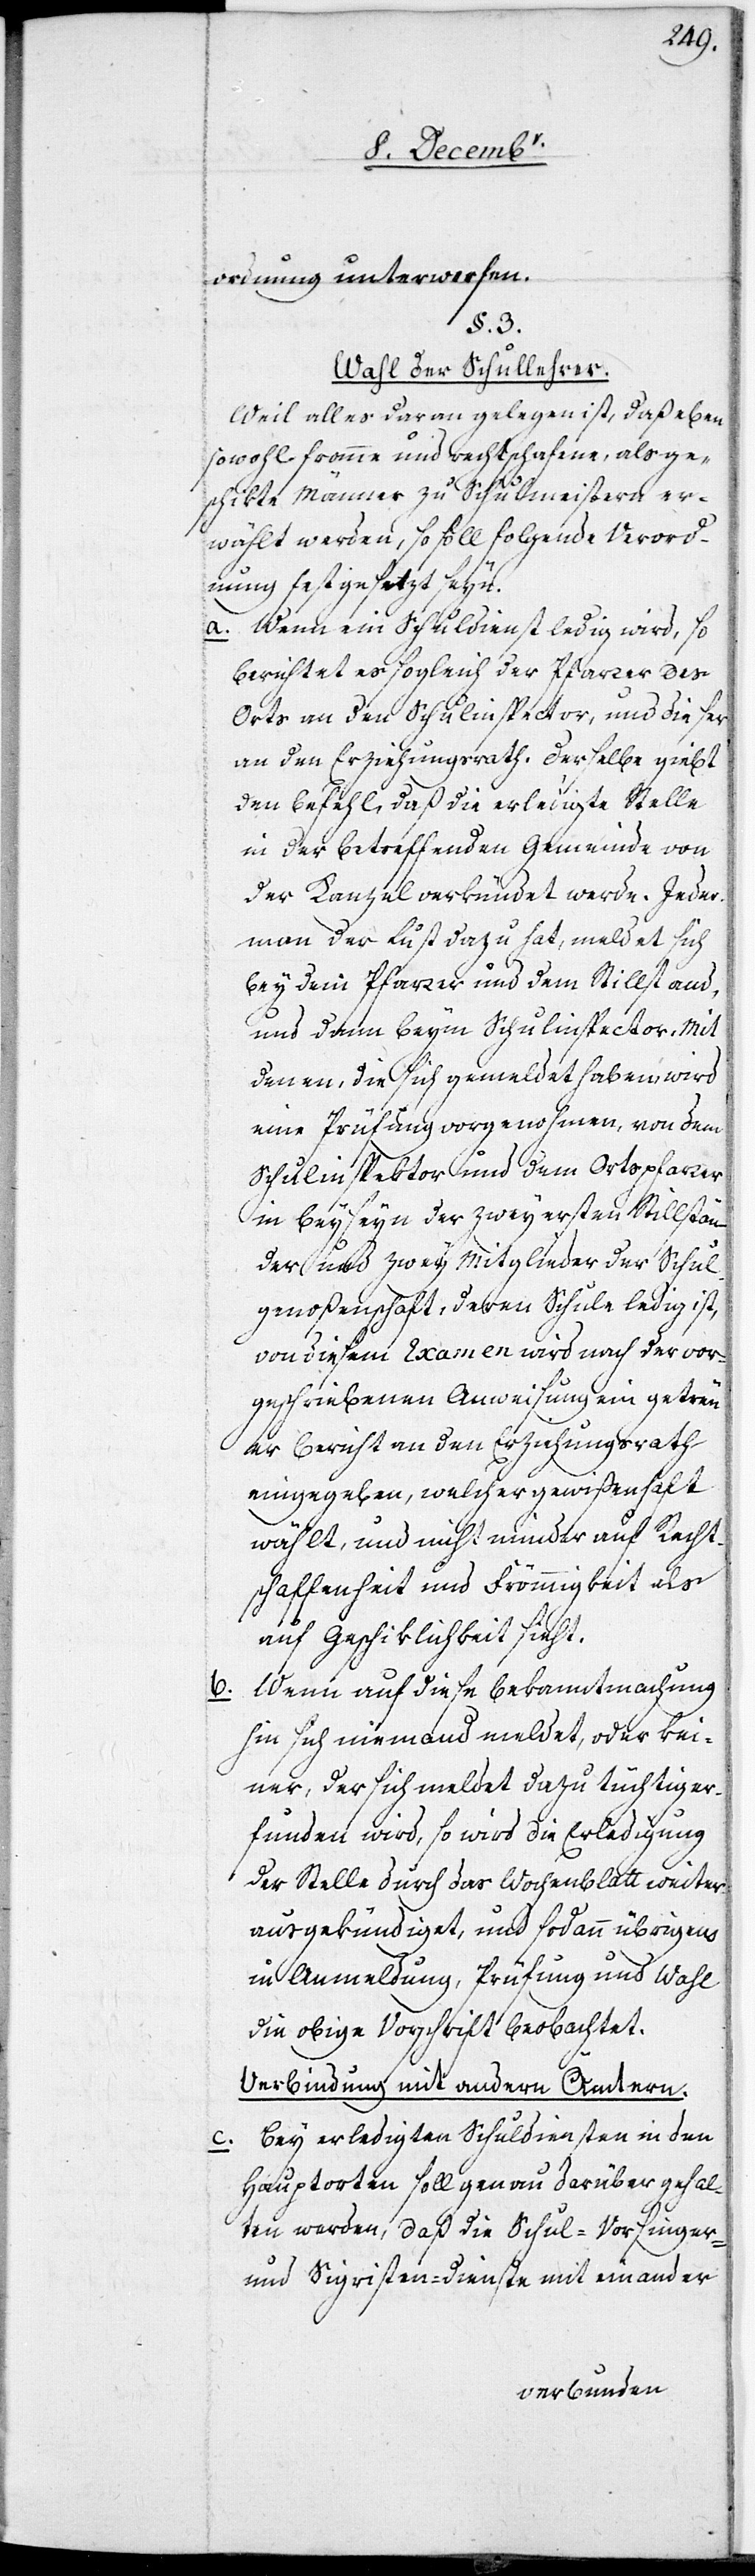
ordnung unterworfen.
§. 3.
Wahl der Schullehrer.
Weil alles daran gelegen ist, daß eben
sowohl fromme und rechtschaffene, als ge¬
schikte Männer zu Schulmeistern er¬
wählt werden, so soll folgende Verord¬
nung festgesetzt seyn:
a. Wenn ein Schuldienst ledig wird, so
berichtet es sogleich der Pfarrer des
Orts an den Schulinspector, und dieser
an den Erziehungsrath. Derselbe giebt
den Befehl, daß die erledigte Stelle
in der betreffenden Gemeinde von
der Kanzel verkündet werde. Jeder¬
man der Lust dazu hat, meldet sich
bey dem Pfarrer und dem Stillstand,
und dann beym Schulinspector. Mit
denen, die sich gemeldet haben, wird
eine Prüfung vorgenohmen, von dem
Schulinspektor und dem Ortspfarrer
in Beyseyn der zwey ersten Stillstän¬
der und zwey Mitgliedern der Schul¬
genoßenschaft, deren Schule ledig ist,
von diesem Examen wird nach der vor¬
geschriebenen Anweisung ein getreu¬
er Bericht an den Erziehungsrath
eingegeben, welcher gewißenhaft
wählt, und nicht minder auf Recht¬
schaffenheit und Frömmigkeit als
auf Geschiklichkeit sieht.
b. Wenn auf diese Bekanntmachung
hin sich niemand meldet, oder kei¬
ner, der sich meldet dazu tüchtig er¬
funden wird, so wird die Erledigung
der Stelle durch das Wochenblatt weiter
ausgekündiget, und sodann übrigens
in Anmeldung, Prüfung und Wahl
die obige Vorschrift beobachtet.
Verbindung mit andern Ämtern.
c. Bei erledigten Schuldiensten in den
Hauptorten soll genau darüber gehal¬
ten werden, daß die Schul-Vorsinger-
und Sigristen-Dienste mit einander